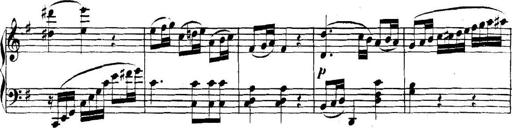
Title: Collected Piano Sonatas
Composer: Muzio Clementi